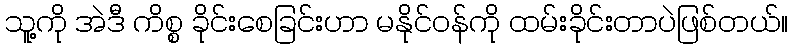
သူ့ကို အဲဒီ ကိစ္စ ခိုင်းစေခြင်းဟာ မနိုင်ဝန်ကို ထမ်းခိုင်းတာပဲဖြစ်တယ်။